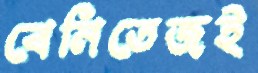
বেনিতেজই